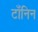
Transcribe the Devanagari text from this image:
टॉंनिन